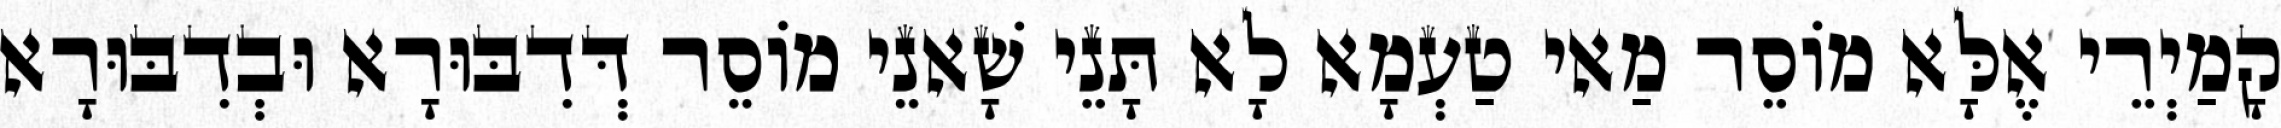
קָמַיְרֵי אֶלָּא מוֹסֵר מַאי טַעְמָא לָא תָּנֵי שָׁאנֵי מוֹסֵר דְּדִבּוּרָא וּבְדִבּוּרָא